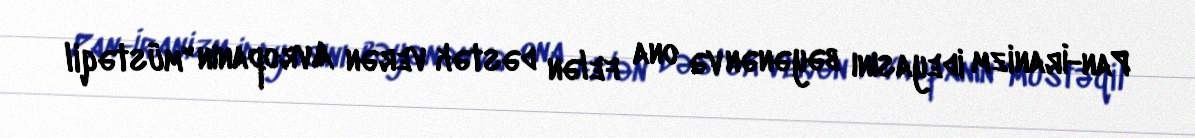
Pan-İranizm ideyasını bəyənən və ona felən dəstək verən Avropanın "müstəqil